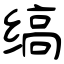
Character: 缟